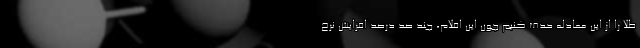
طلا را از این معادله حدف کنیم چون این اقلام، چند صد درصد افزایش نرخ